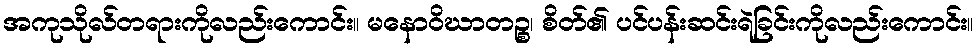
အကုသိုလ်တရားကိုလည်းကောင်း။ မနောဝိဃာတဉ္စ၊ စိတ်၏ ပင်ပန်းဆင်းရဲခြင်းကိုလည်းကောင်း။